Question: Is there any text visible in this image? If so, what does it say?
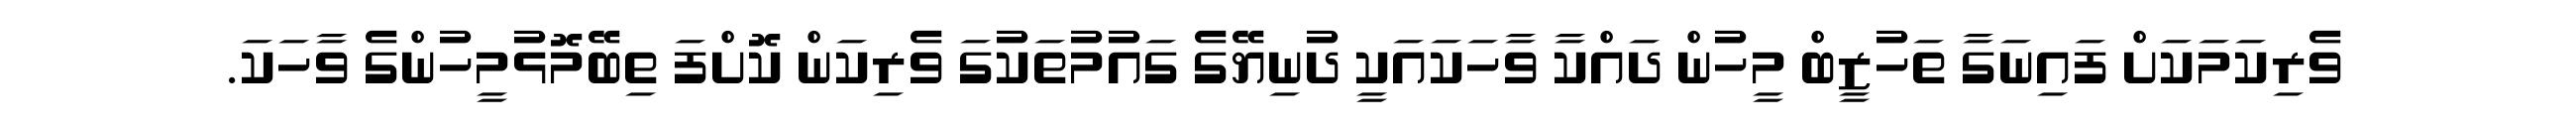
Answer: ވެރިކަމަކަށް ފައިނަގާ ތަހުޒީބް މީހުން ދައްކާ ވާހަކައަކީ ދުނިޔޭގެ ގައުމުތަކުގަ ވެރިކަން ކޮށްފަ ތިބޭމޮޅުމީހުންގެ ވާހަކަ.